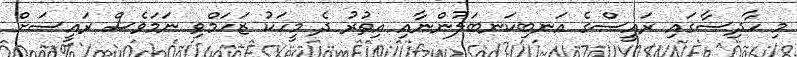
މި ހާދިސާގައި ރައީސްގެ އަނބިކަނބަލުންނާއި އިތުރު ދެ މީހަކު ޒަހަމްވި ނަމަވެސް ރައީސަށް